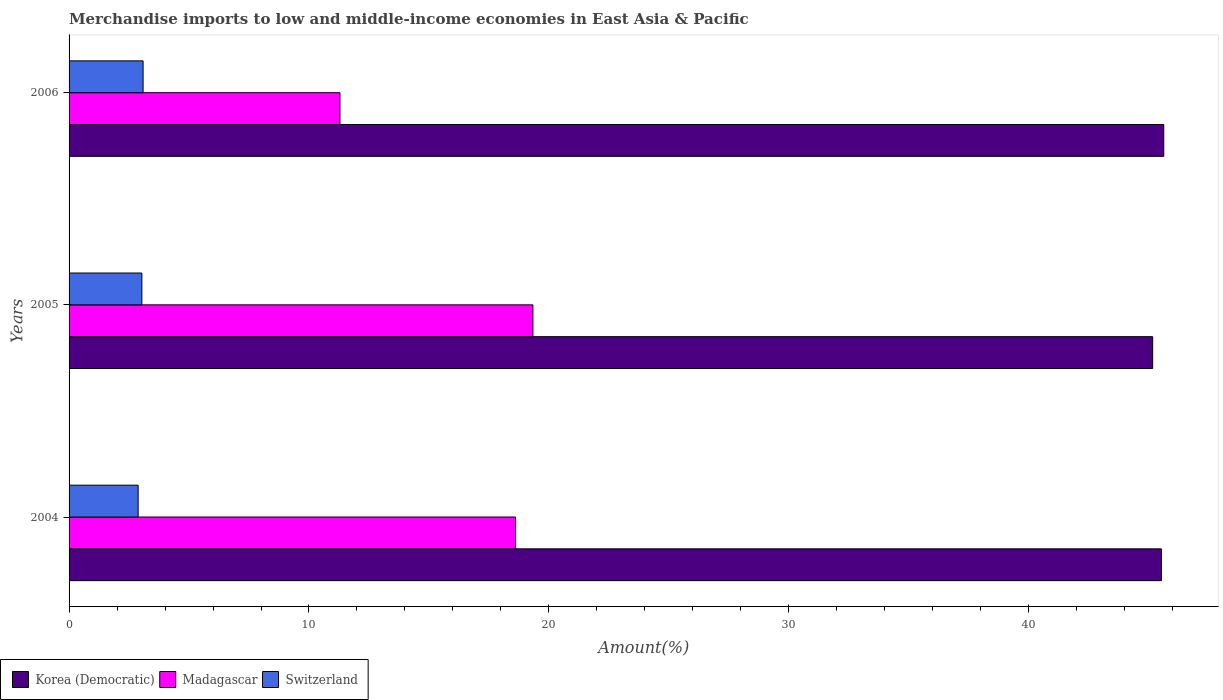
| Years | Korea (Democratic) | Madagascar | Switzerland |
 | --- | --- | --- | --- |
 | 2004 | 45.5 | 18.6 | 2.88 |
 | 2005 | 45.2 | 19.3 | 3.03 |
 | 2006 | 45.6 | 11.3 | 3.09 |